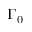
\Gamma _ { 0 }